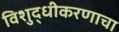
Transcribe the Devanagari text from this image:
विशुद्धीकरणाचा